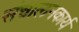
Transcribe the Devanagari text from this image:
संचालनकार्य